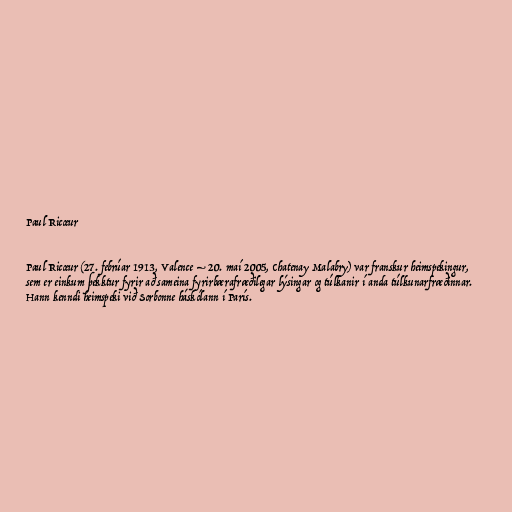
Paul Ricœur

Paul Ricœur (27. febrúar 1913, Valence – 20. maí 2005, Chatenay Malabry) var franskur heimspekingur,
sem er einkum þekktur fyrir að sameina fyrirbærafræðilegar lýsingar og túlkanir í anda túlkunarfræðinnar.
Hann kenndi heimspeki við Sorbonne háskólann í París.